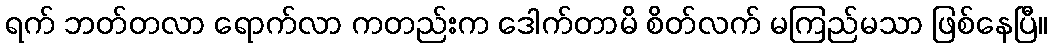
ရက် ဘတ်တလာ ရောက်လာ ကတည်းက ဒေါက်တာမိ စိတ်လက် မကြည်မသာ ဖြစ်နေပြီ။